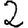
Digit: 2